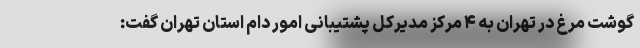
گوشت مرغ در تهران به ۴ مرکز مدیرکل پشتیبانی امور دام استان تهران گفت: